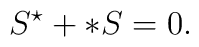
S^{\star} + \ast S = 0.